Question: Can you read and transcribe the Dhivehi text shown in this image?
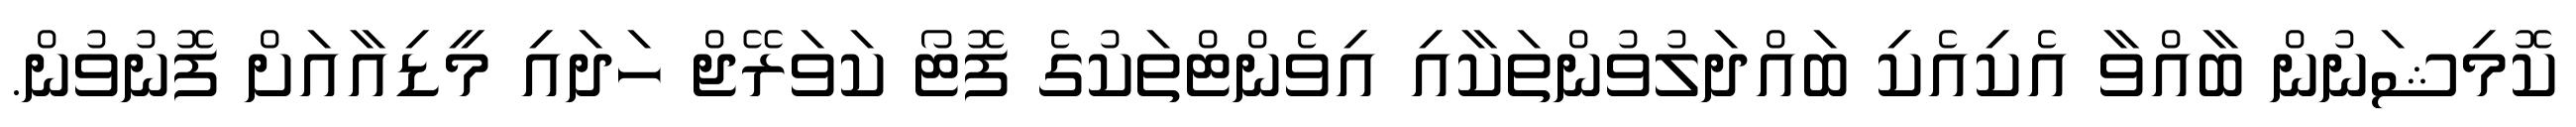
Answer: ކޮމިޝަނުން ބާއްވާ އެކިއެކި ބައްދަލުވުންތަކާއި އިވެންޓްތަކުގެ ފޮޓޯ ކަވަރޭޖް ހަދައި މީޑިއާއަށް ފޮނުވުން.